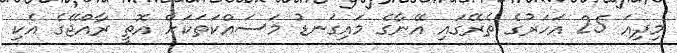
މިދިއަ 25 އަހަރުގެ ތެރޭގައި އޭނާގެ މައިގަނޑު މަސައްކަތަކަށް އޮތީ ރާއްޖޭގެ އެކި